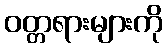
ဝတ္တရားများကို